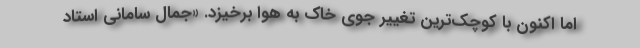
اما اکنون با کوچک‌ترین تغییر جوی خاک به هوا برخیزد. «جمال سامانی استاد